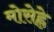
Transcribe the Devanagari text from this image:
मोसेह्ले